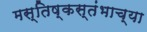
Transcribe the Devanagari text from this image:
मस्तिष्कस्तंभाच्या